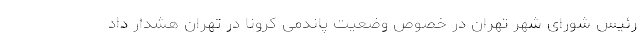
رئیس شورای شهر تهران در خصوص وضعیت پاندمی کرونا در تهران هشدار داد